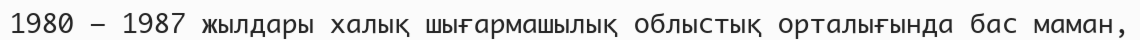
1980 – 1987 жылдары халық шығармашылық облыстық орталығында бас маман,